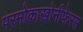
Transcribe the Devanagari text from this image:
परमोकाखोनीफेरस